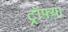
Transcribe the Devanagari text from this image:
ट्रॉफ्या